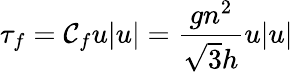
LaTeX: \tau_{f}=\mathcal{C}_{f}u|u|=\frac{{gn^{2}}}{{\sqrt{{3}}{{h}}}}u|u|